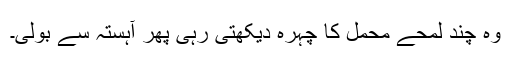
وہ چند لمحے محمل کا چہرہ دیکھتی رہی پھر آہستہ سے بولی۔